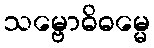
သမ္ဗောဓိဓမ္မေ